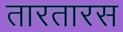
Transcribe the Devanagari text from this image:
तारतारस